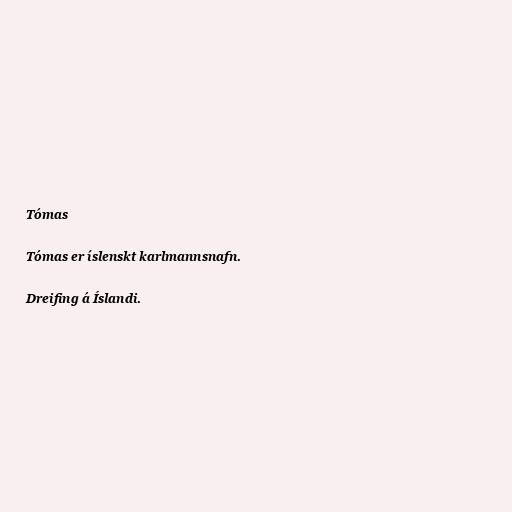
Tómas

Tómas er íslenskt karlmannsnafn.

Dreifing á Íslandi.